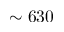
\sim 6 3 0